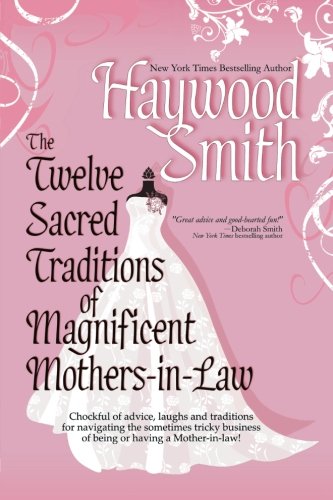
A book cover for The Twelve Sacred Traditions of Magnificent Mothers-In-Law; Haywood Smith; Parenting & Relationships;